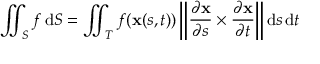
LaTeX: \iint _ { S } f \, \mathrm { d } S = \iint _ { T } f ( \mathbf { x } ( s , t ) ) \left\| { \frac { \partial \mathbf { x } } { \partial s } } \times { \frac { \partial \mathbf { x } } { \partial t } } \right\| \mathrm { d } s \, \mathrm { d } t